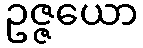
ဥဇ္ဇယော